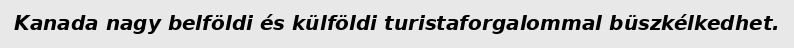
Kanada nagy belföldi és külföldi turistaforgalommal büszkélkedhet.